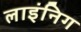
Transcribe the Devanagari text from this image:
लाइंनिग